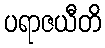
ပရာဇယီတိ